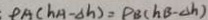
P A ( h A - \Delta h ) = P B ( h B - \Delta h )